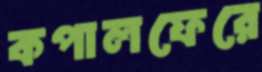
কপালফেরে